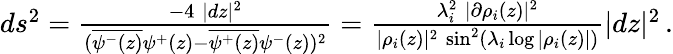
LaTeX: \begin{array}{r}{ds^{2}={\frac{-4\; |dz|^{2}}{(\overline{{\psi^{-}(z)}}\psi^{+}(z)-\overline{{\psi^{+}(z)}}\psi^{-}(z))^{2}}}={\frac{\lambda_{i}^{2}\; |\partial\rho_{i}(z)|^{2}}{|\rho_{i}(z)|^{2}\, \sin^{2}(\lambda_{i}\log|\rho_{i}(z)|)}}|dz|^{2}\, .}\end{array}